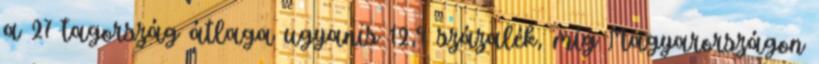
a 27 tagország átlaga ugyanis 12,9 százalék, míg Magyarországon